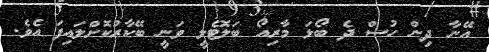
އޭނާ ދިން ހުސް ދެ ބޯޅަ މާރިއޯ ބަލޮޓެލީ ވަނީ ބޭކާރުކޮށްލައިފަ އެވެ.